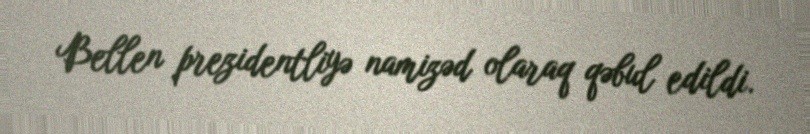
Bellen prezidentliyə namizəd olaraq qəbul edildi.